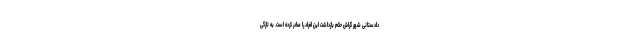
دادستانی شهر گراش حکم بازداشت این افراد را صادر کرده است. به تازگی